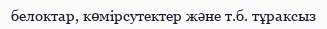
белоктар, көмірсутектер және т.б. тұраксыз